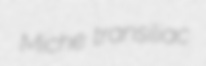
Miche transiliac